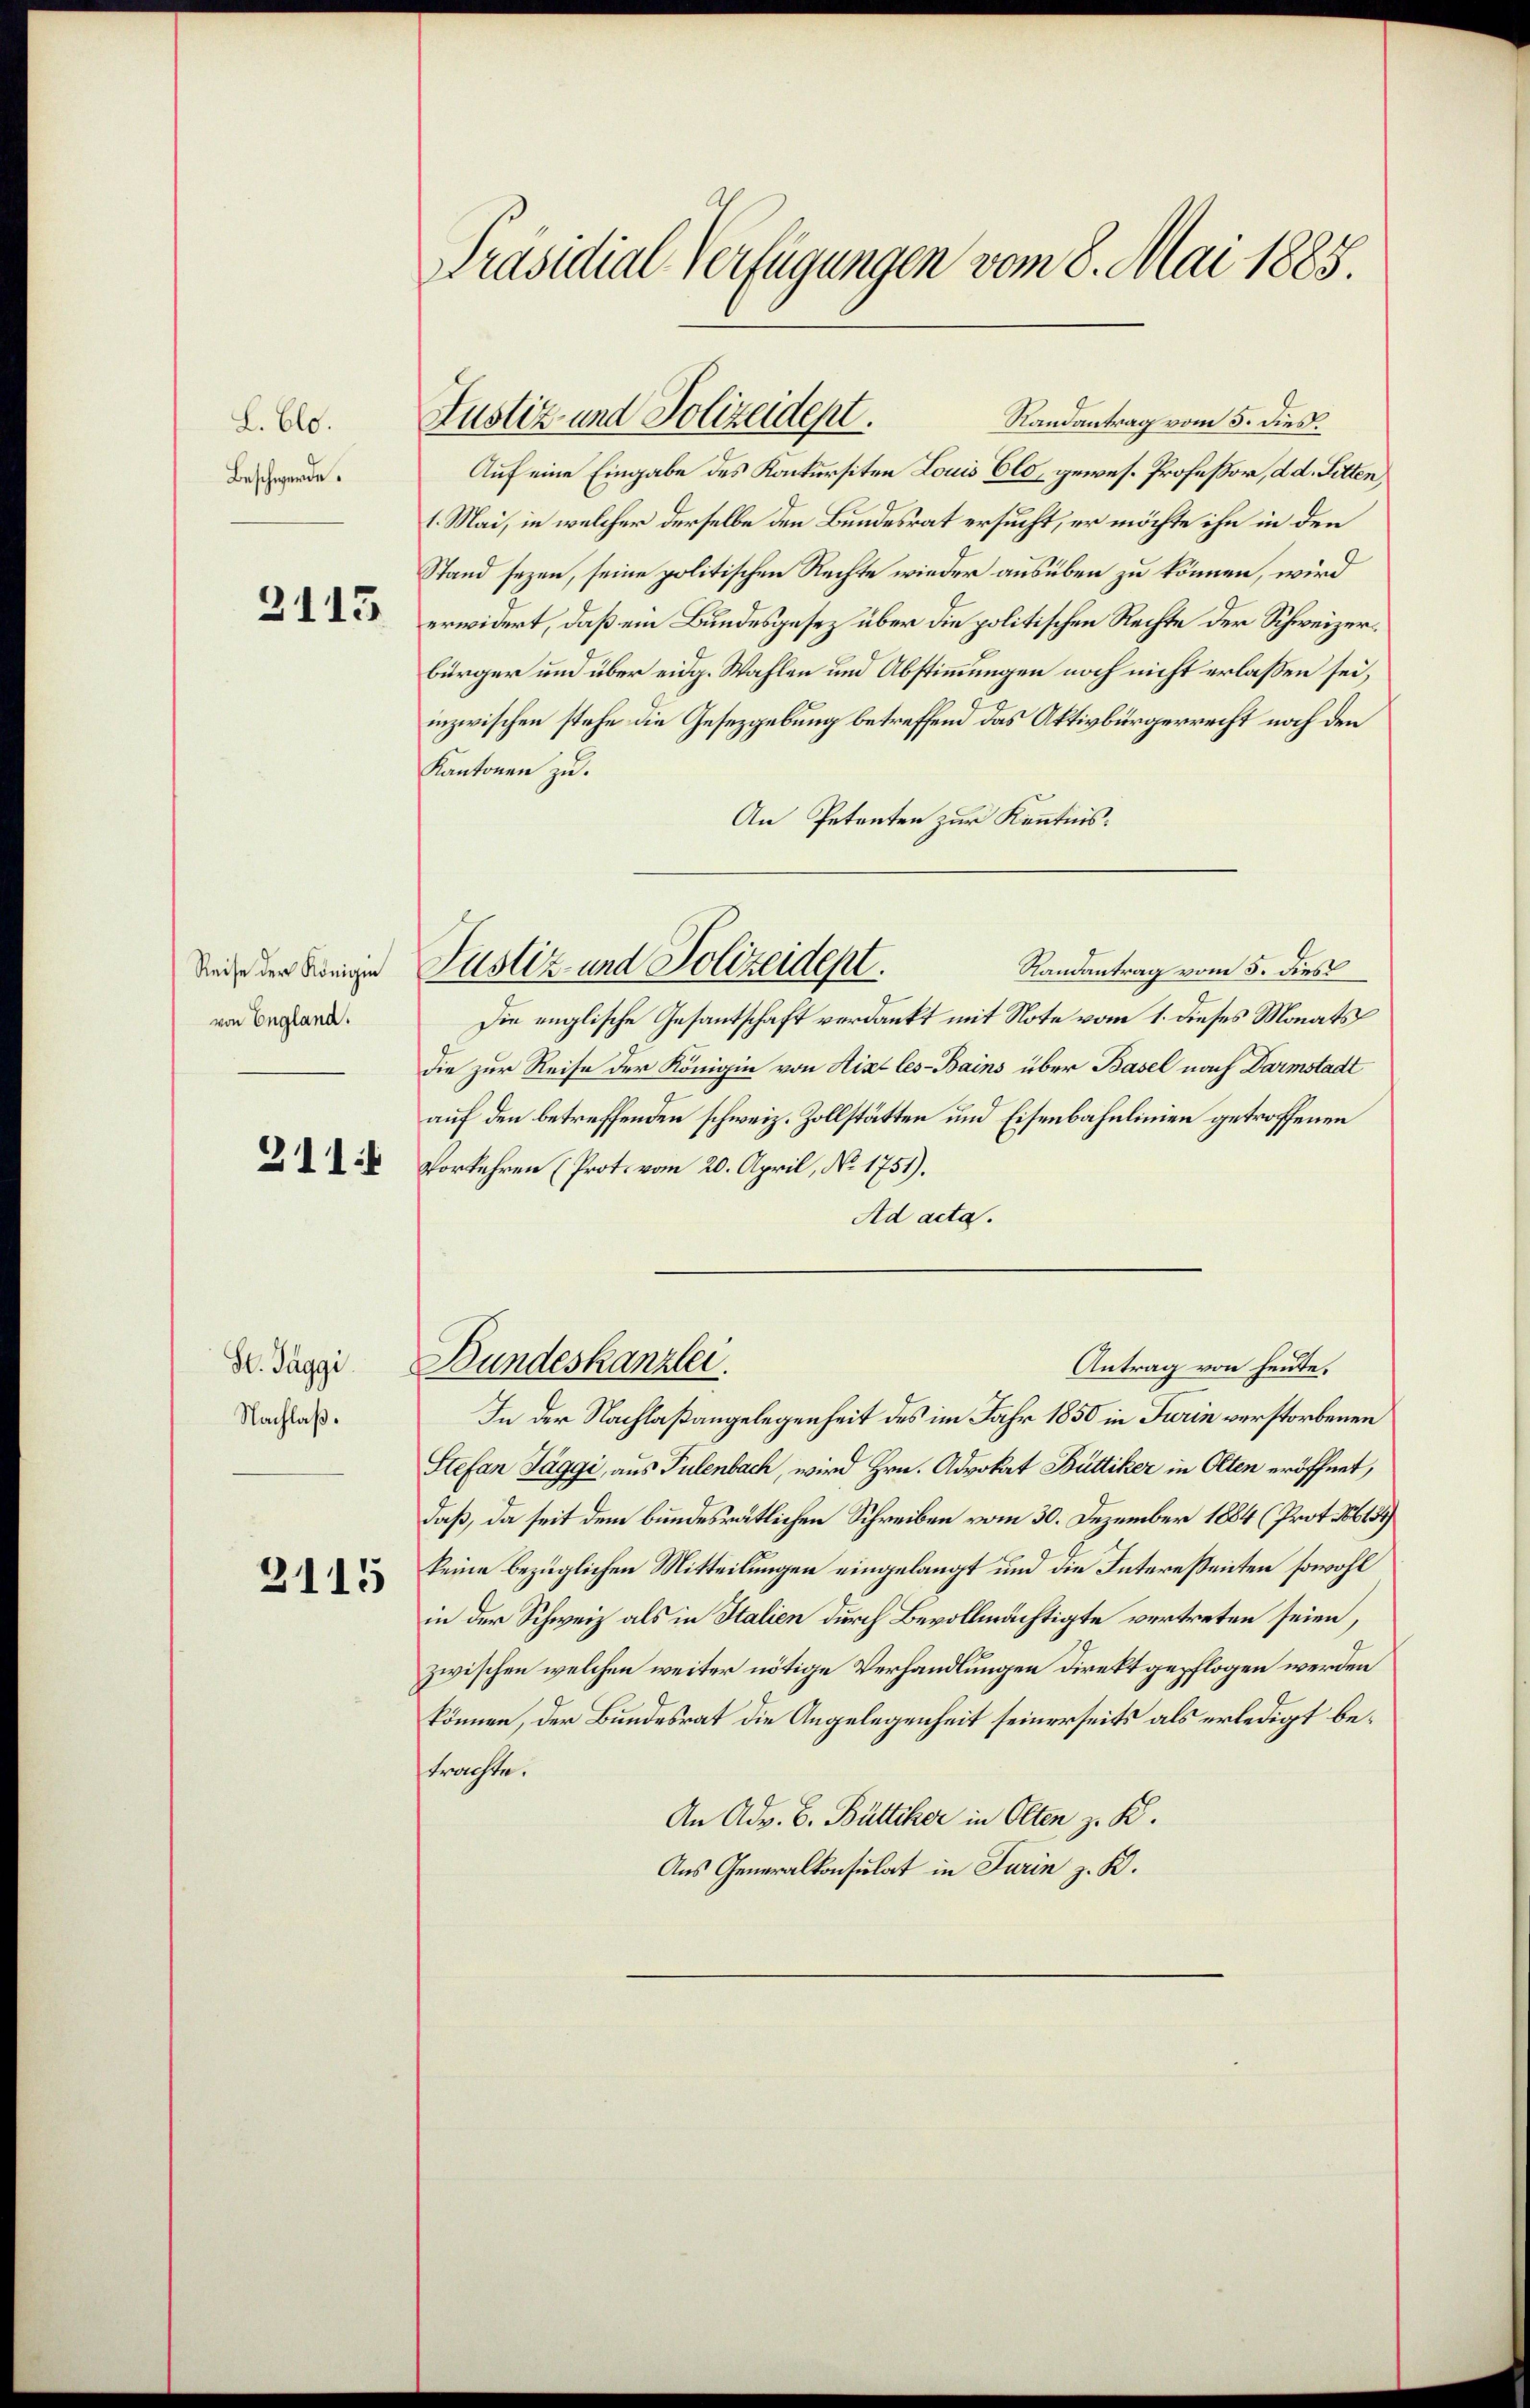
L. Blo.
Beschwerde.

2113.

Reise der Königin
von England.

311:1

S. Taggi
Nachlaß.

2115

Präsidial-Verfügungen vom 8. Mai 1885.

Randantrag vom 5. dies.
Auf eine Eingabe des Konkursiten Louis Clo, gewes. Professor, d. d. Sitten,
1. Mai, in welcher derselbe den Bundesrat ersucht, er möchte ihn in den
Stand sezen, seine politischen Rechte wieder ausüben zu können, wird
erwidert, daß ein Bundesgesez über die politischen Rechte der Schweizerbürger und über eidg. Wahlen und Abstimmungen noch nicht erlassen sei,
inzwischen stehe die Gesetzgebung betreffend das Aktivbürgerrecht noch den
Kantonen zu.
An Petenten zur Kenntnis:
Die englische Gesantschaft verdankt mit Note vom 1. dieses Monats
die zur Reise der Königin von Aix-les-Bains über Basel nach Darmstadt
auf den betreffenden schweiz. Zollstätten und Eisenbahnlinien getroffenen
Vorkehren (Prot. vom 20. April, No. 1751).
Ad acta.
Bundeskanzlei.
Antrag von heute.
In der Nachlaßangelegenheit des im Jahr 1850 in Turin verstorbenen
Stefan Jäggi, aus Pulenbach, wird Hrn. Advokat Büttiker in Olten eröffnet,
daß, da seit dem bundesrätlichen Schreiben vom 30. Dezember 1884 (Prot. 613)
keine bezüglichen Mitteilungen eingelangt und die Interessenten sowohl
in der Schweiz als in Italien durch Bevollmächtigte vertreten seien,
zwischen welchen weiter nötige Verhandlungen direkt gepflogen werden
können, der Bundesrat die Angelegenheit seinerseits als erledigt betrachte.
An Adv. B. Büttiker in Olten z. K.
Aus Generalkonsulat in Turin z. B.

Justiz und Polizeidept.
Randantrag vom 5. dies

Justiz und Polizeidept.